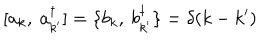
[ a _ { k } , ~ a _ { k ^ { \prime } } ^ { \dagger } ] = \{ b _ { k } , ~ b _ { k ^ { \prime } } ^ { \dagger } \} = \delta ( k - k ^ { \prime } )